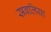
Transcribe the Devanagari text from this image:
सबलिया